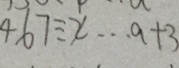
4 6 7 \div x \cdots a + 3